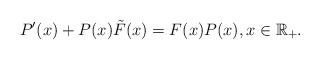
LaTeX: \begin{align*} P'(x) + P(x) \tilde F(x) = F(x) P(x), x \in \mathbb R_+.\end{align*}